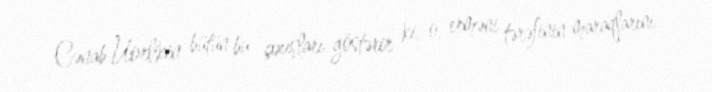
Cənab Uorlikin bütün bu çıxışları göstərir ki, o, erməni tərəfinin maraqlarını